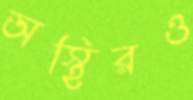
অস্থিরও